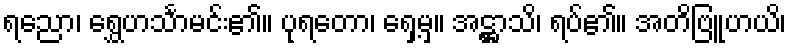
ရညော၊ ရွှေဟင်္သာမင်း၏။ ပုရတော၊ ရှေ့မှ။ အဋ္ဌာသိ၊ ရပ်၏။ အတိဗြူဟယိ၊